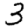
Digit: 3